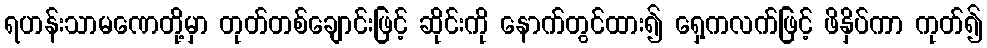
ရဟန်းသာမဏေတို့မှာ တုတ်တစ်ချောင်းဖြင့် ဆိုင်းကို နောက်တွင်ထား၍ ရှေ့ကလက်ဖြင့် ဖိနှိပ်ကာ ကုတ်၍